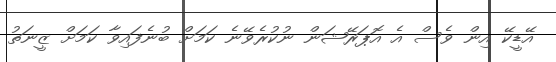
އޭޑީކޭ އިން ވެސް އެ އޮޕަރޭޝަން ނުކުރެވޭނެ ކަމަށް ބުނެފައިވާ ކަމަށް ޒީނަތު